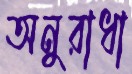
অনুরাধা